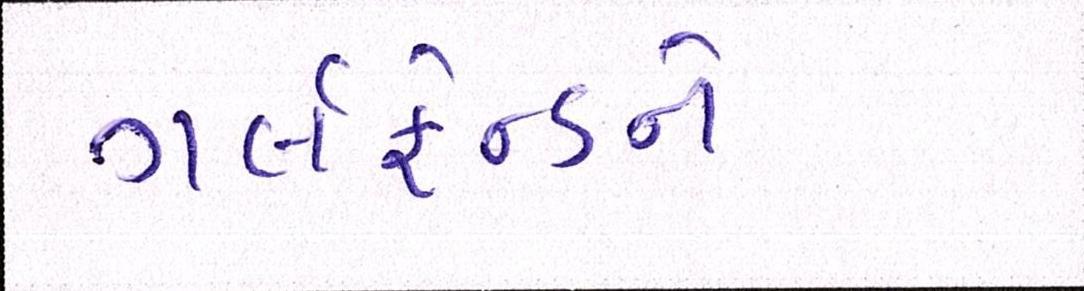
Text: ગર્લફ્રેન્ડને